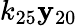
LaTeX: k_{25}\mathbf{y}_{20}